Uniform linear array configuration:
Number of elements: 12
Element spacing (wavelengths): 0.75
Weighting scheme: hamming
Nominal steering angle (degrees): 15
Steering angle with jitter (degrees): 13.551
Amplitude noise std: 0.05
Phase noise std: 0.05

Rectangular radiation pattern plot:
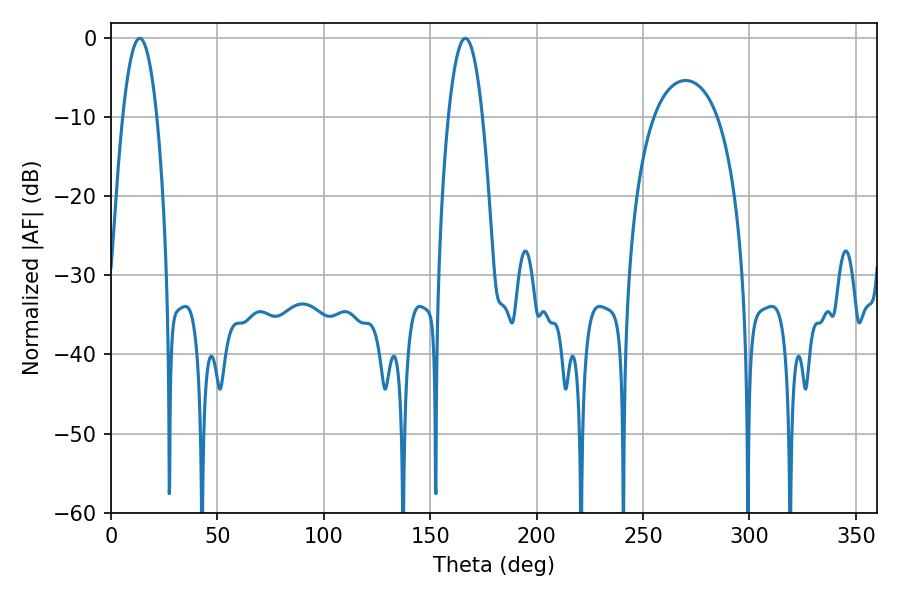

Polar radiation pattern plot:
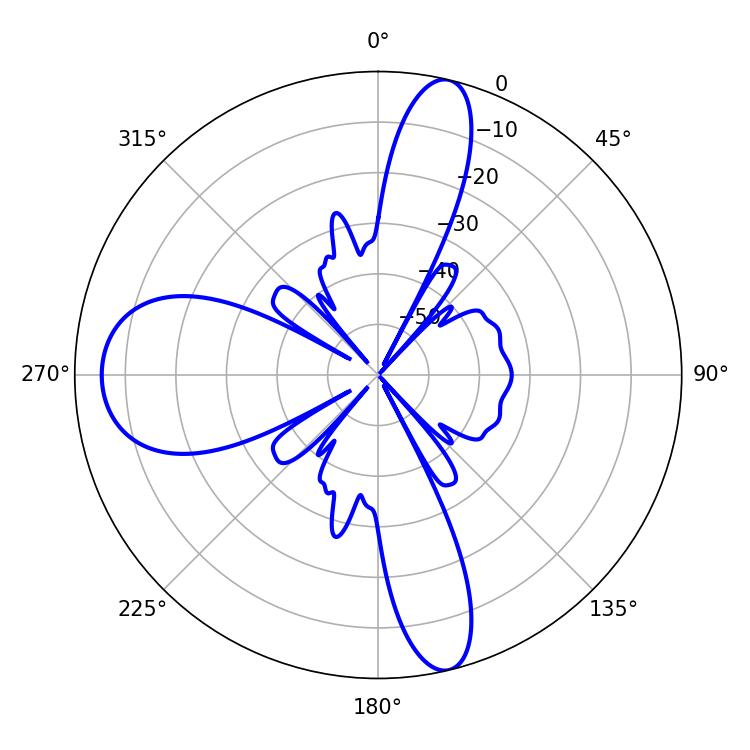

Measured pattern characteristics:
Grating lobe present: TRUE
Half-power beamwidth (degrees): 9
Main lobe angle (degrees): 13.5